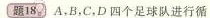
题18)A，B，C，D四个足球队进行循